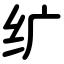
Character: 纩